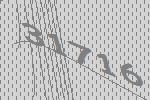
31716